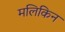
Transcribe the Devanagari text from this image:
मलिकिन